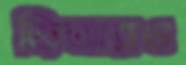
জিআরও